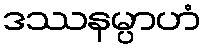
ဒဿနမ္ပာဟံ